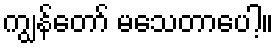
ကျွန်တော် မသေတာပေါ့။